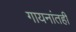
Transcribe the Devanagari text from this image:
गायनांतही